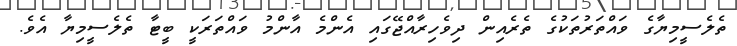
ތެލެސީމިޔާގެ ވައްތަރުތަކުގެ ތެރެއިން ދިވެހިރާއްޖޭގައި އެންމެ އާންމު ވައްތަރަކީ ބީޓާ ތެލެސީމިޔާ އެވެ.